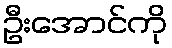
ဦးအောင်ကို